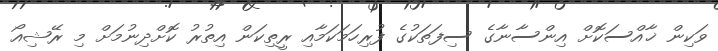
ވަކިން ޚާއްސަކޮށް އިންސާނާގެ ސިފަތަކުގެ ފުރިހަމަކަމާއި ރީތިކަން އިތުރު ކޮށްދިނުމަށް މި ރޭޝިއޯ